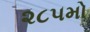
૨૮૫મો